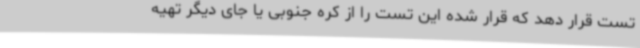
تست قرار دهد که قرار شده این تست را از کره جنوبی یا جای دیگر تهیه